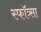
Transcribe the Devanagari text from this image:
स्फॉत्र्सा